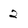
Character: 2